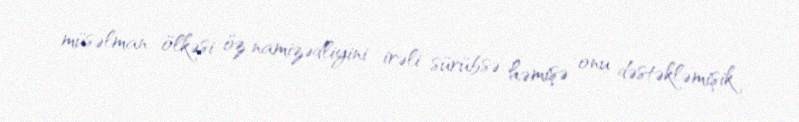
müsəlman ölkəsi öz namizədliyini irəli sürübsə həmişə onu dəstəkləmişik.